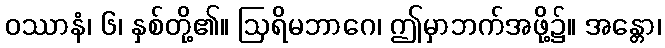
ဝဿာနံ၊ ၆၊ နှစ်တို့၏။ ဩရိမဘာဂေ၊ ဤမှာဘက်အဖို့၌။ အန္တော၊